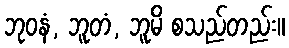
ဘုဝနံ, ဘူတံ, ဘူမိ စသည်တည်း။